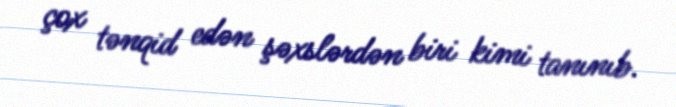
çox tənqid edən şəxslərdən biri kimi tanınıb.